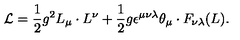
{ \cal L } = \frac { 1 } { 2 } g ^ { 2 } L _ { \mu } \cdot L ^ { \nu } + \frac { 1 } { 2 } g \epsilon ^ { \mu \nu \lambda } \theta _ { \mu } \cdot F _ { \nu \lambda } ( L ) .